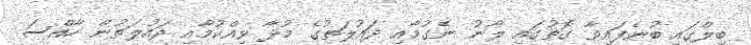
ބިލްގައި ބުނެފައިވާ ގޮތުގައި ލޯނު ނެގުމާއި ދައުލަތުގެ މުދާ ވިއްކުމާއި ދައުލަތުން ހާއްސަ